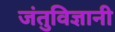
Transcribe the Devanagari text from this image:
जंतुविज्ञानी